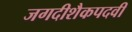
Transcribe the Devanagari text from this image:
जगदीशैकपदवीं